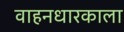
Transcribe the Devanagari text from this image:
वाहनधारकाला